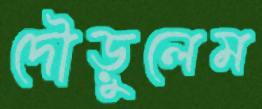
দৌড়ুলেম